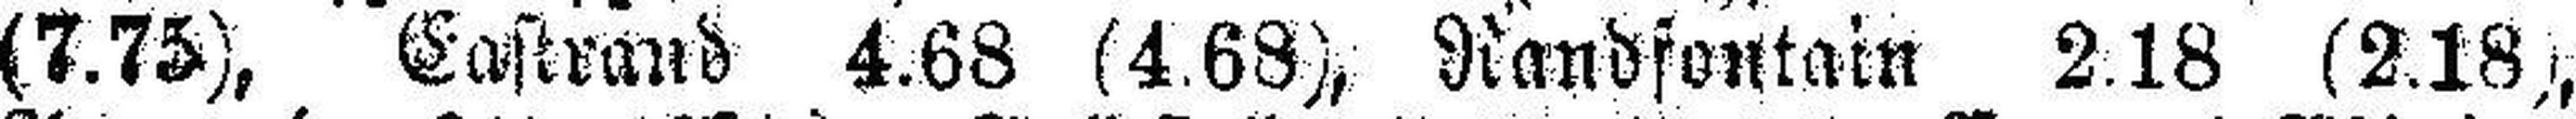
(7.75), Eastrand 4.68 (4.68), Randfontain 2.18 (2.18),